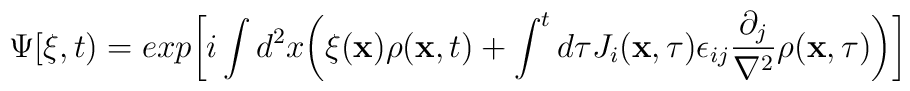
\Psi[\xi ,t)=exp\biggl[i\int d^2 x\biggl(\xi({\bf x})\rho({\bf x},t)+\int^t d\tau J_i({\bf x},\tau)\epsilon_{ij}{\partial_j\over\nabla^2}\rho({\bf x},\tau)\biggr)\biggl]